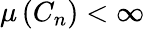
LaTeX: \mu\left(C_{n}\right)<\infty